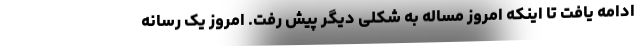
ادامه یافت تا اینکه امروز مساله به شکلی دیگر پیش رفت. امروز یک رسانه